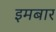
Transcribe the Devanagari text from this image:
इमबार